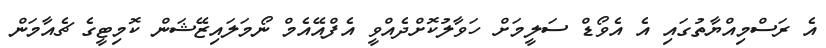
އެ ރަސްމިއްޔާތުގައި އެ އެވޯޑް ސަލީމަށް ހަވާލުކޮށްދެއްވީ އެފްއޭއެމް ނޯމަލައިޒޭޝަން ކޮމިޓީގެ ޗެއާމަން